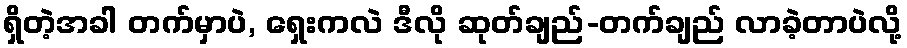
ရှိတဲ့အခါ တက်မှာပဲ, ရှေးကလဲ ဒီလို ဆုတ်ချည်-တက်ချည် လာခဲ့တာပဲလို့